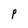
Character: f